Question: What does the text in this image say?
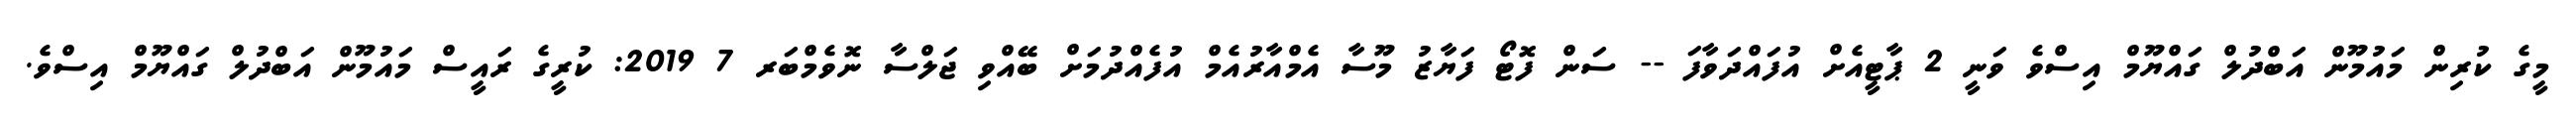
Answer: މީގެ ކުރިން މައުމޫން އަބްދުލް ގައްޔޫމް އިސްވެ ވަނީ 2 ޕާޓީއެށް އުފައްދަވާފަ -- ސަން ފޮޓޯ ފަޔާޒު މޫސާ އެމްއާރުއެމް އުފެއްދުމަށް ބޭއްވި ޖަލްސާ ނޮވެމްބަރ 7 2019: ކުރީގެ ރައީސް މައުމޫން އަބްދުލް ގައްޔޫމް އިސްވެ.